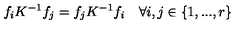
f _ { i } K ^ { - 1 } f _ { j } = f _ { j } K ^ { - 1 } f _ { i } \quad \forall i , j \in \left\{ 1 , . . . , r \right\}